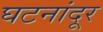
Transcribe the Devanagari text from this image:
घटनांदूर